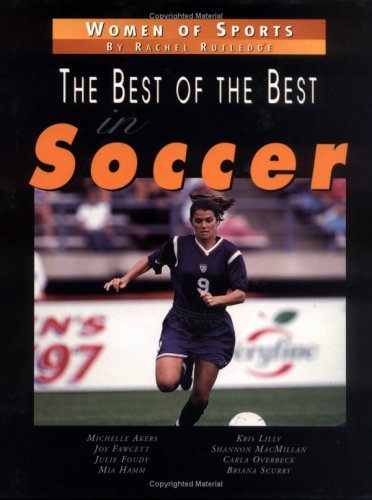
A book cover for Best Of The Best In Soccer,The (Women of Sports); Rachel Rutledge; Children's Books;